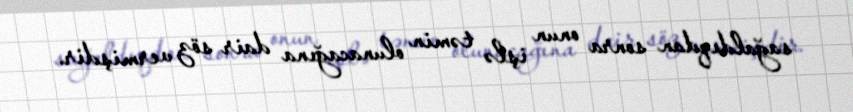
sağaldıqdan sonra onun işlə təmin olunacağına dair söz vermişdir.